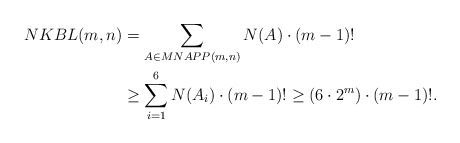
\begin{align*} NKBL(m,n) &= \sum_{A\in MNAPP(m,n)} N(A) \cdot (m-1)! \\ &\ge \sum_{i=1}^{6} N(A_i) \cdot (m-1)! \ge (6\cdot 2^m)\cdot (m-1)!.\end{align*}